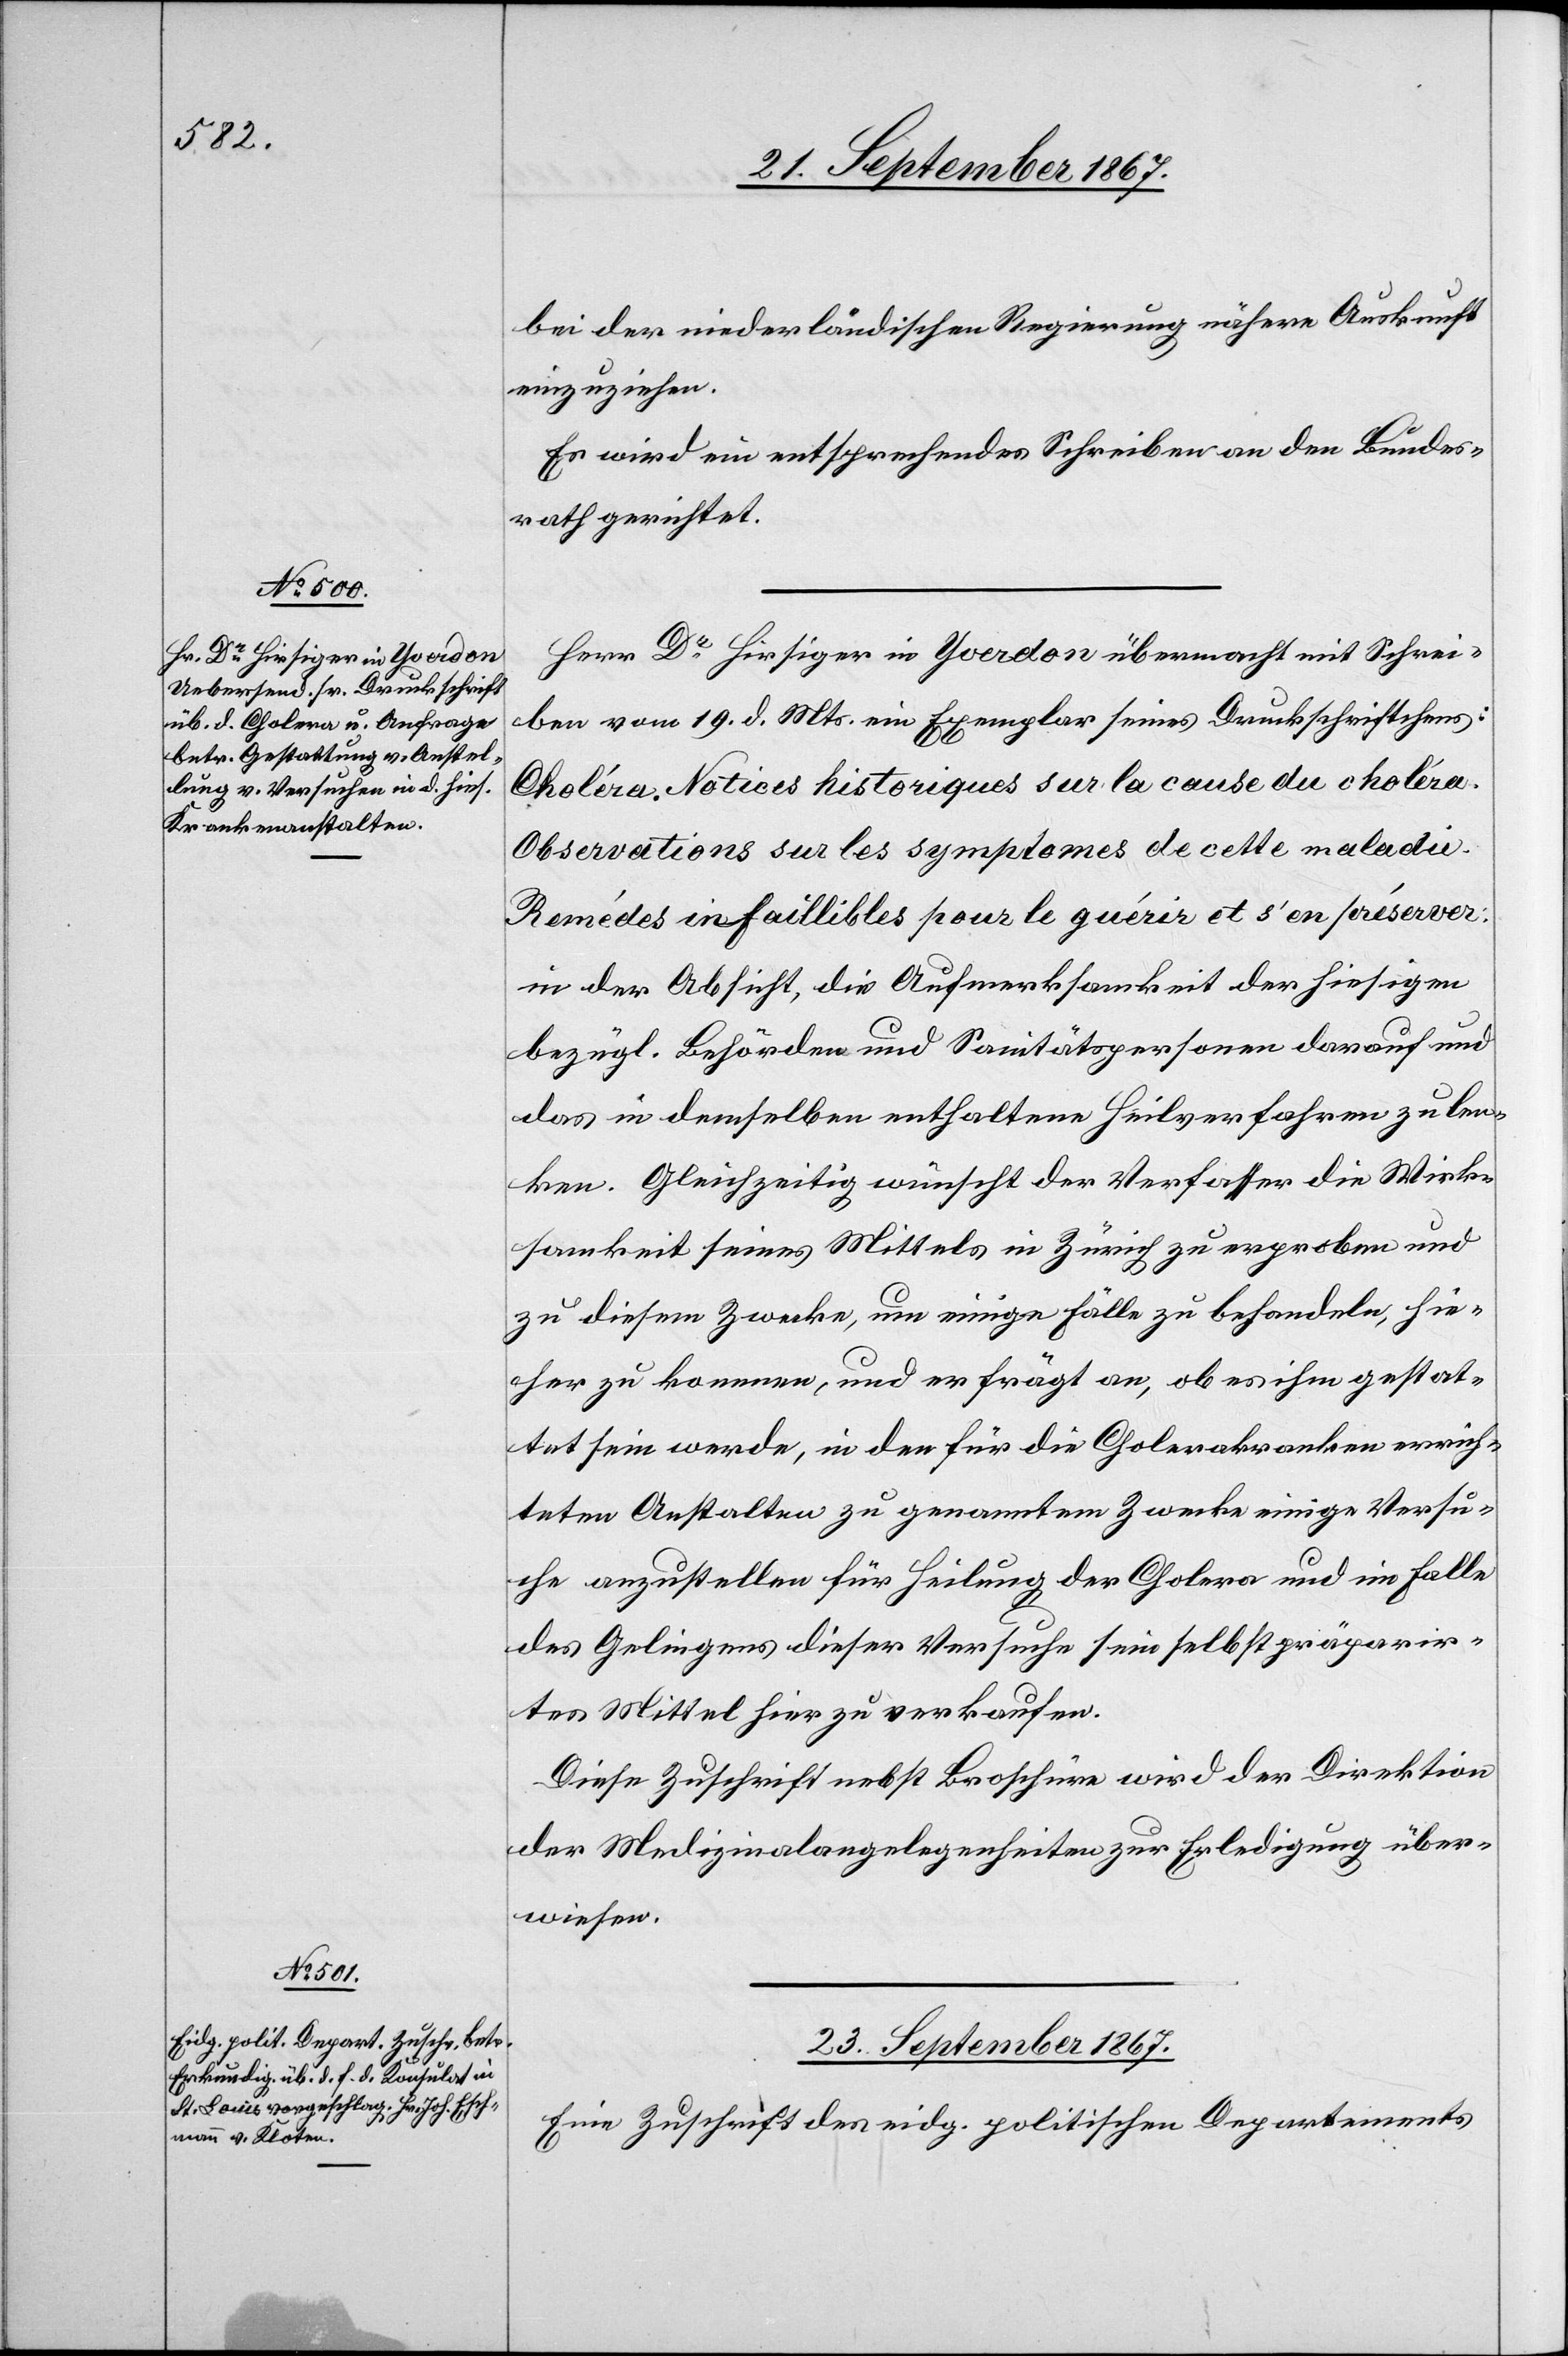
21. September 1867.]
bei der niederländischen Regierung nähere Auskunft
einzuziehen.
Es wird ein entsprechendes Schreiben an den Bundes¬
rath gerichtet.
Herr Dr. Hirsiger in Yverdon übermacht mit Schrei¬
ben vom 19. d. Mts. ein Exemplar seines Druckschriftchens:
Choléra. Notices historiques sur la cause du choléra.
Observations sur les symptoms de cette maladie.
Remédes infaillibles pour le guérie et s’en préserver.
in der Absicht, die Aufmerksamkeit der hiesigen
bezügl. Behörden und Sanitätspersonen darauf und
das in demselben enthaltene Heilverfahren zu len¬
ken. Gleichzeitig wünscht der Verfasser die Wirk¬
samkeit seines Mittels in Zürich zu erproben und
zu diesem Zwecke, um einige Fälle zu behandeln, hie¬
her zu kommen, und er frägt an, ob es ihm gestat¬
tet sein werde, in den für die Cholerakranken errich¬
teten Anstalten zu genanntem Zwecke einige Versu¬
che anzustellen für Heilung der Cholera und im Falle
des Gelingens dieser Versuche sein selbstpräparier¬
tes Mittel hier zu verkaufen.
Diese Zuschrift nebst Broschüre wird der Direktion
der Medizinalangelegenheiten zur Erledigung über¬
wiesen.
23. September 1867.
Eine Zuschrift des eidg. politischen Departements